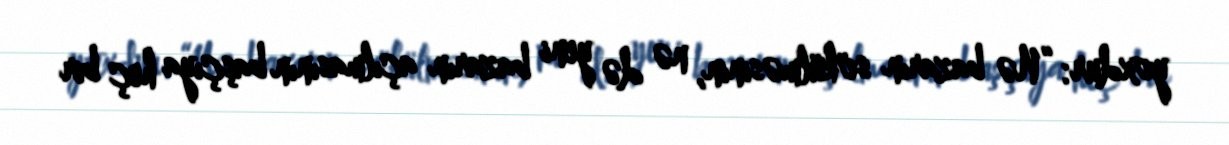
yoxdur: “Nə bazarın sökülməsinin, nə də yeni bazarın açılmasının başçıya heç bir